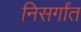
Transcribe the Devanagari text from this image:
निसर्गांत